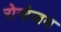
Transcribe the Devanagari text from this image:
रोनोजय